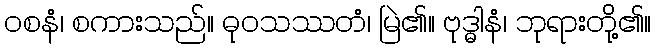
ဝစနံ၊ စကားသည်။ ဓုဝသဿတံ၊ မြဲ၏။ ဗုဒ္ဓါနံ၊ ဘုရားတို့၏။